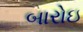
બારોઇ